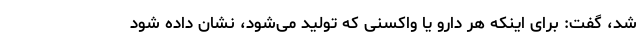
شد، گفت: برای اینکه هر دارو یا واکسنی که تولید می‌شود، نشان داده شود